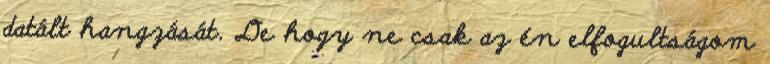
datált hangzását. De hogy ne csak az én elfogultságom